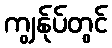
ကျွန်ုပ်တွင်